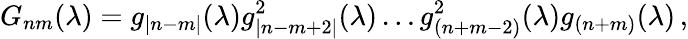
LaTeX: G_{nm}(\lambda)=g_{|n-m|}(\lambda)g_{|n-m+2|}^{2}(\lambda)\ldots g_{(n+m-2)}^{2}(\lambda)g_{(n+m)}(\lambda)\, ,